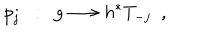
LaTeX: p _ { j } \ \ : \ \ g \longrightarrow h ^ { * } T _ { - j } \ \ ,